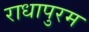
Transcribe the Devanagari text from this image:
राधापुरम